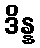
ဒိန္န